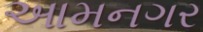
આમનગર